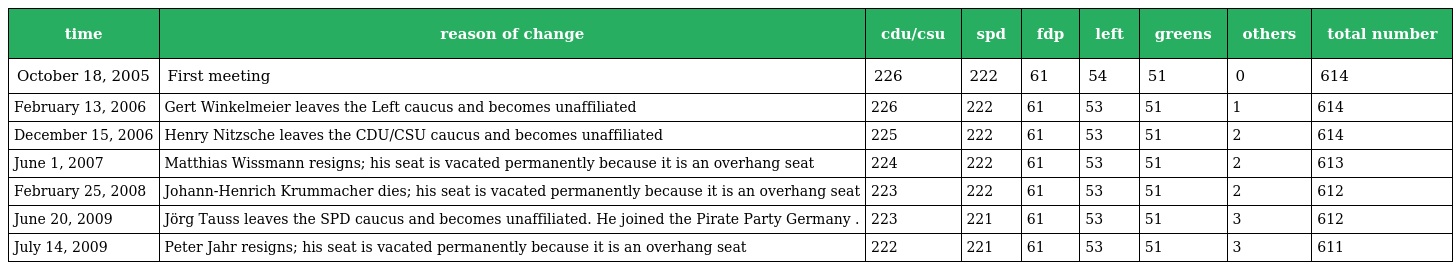
| time | reason of change | cdu/csu | spd | fdp | left | greens | others | total number |
 | --- | --- | --- | --- | --- | --- | --- | --- | --- |
 | October 18, 2005 | First meeting | 226 | 222 | 61 | 54 | 51 | 0 | 614 |
 | February 13, 2006 | Gert Winkelmeier leaves the Left caucus and becomes unaffiliated | 226 | 222 | 61 | 53 | 51 | 1 | 614 |
 | December 15, 2006 | Henry Nitzsche leaves the CDU/CSU caucus and becomes unaffiliated | 225 | 222 | 61 | 53 | 51 | 2 | 614 |
 | June 1, 2007 | Matthias Wissmann resigns; his seat is vacated permanently because it is an overhang seat | 224 | 222 | 61 | 53 | 51 | 2 | 613 |
 | February 25, 2008 | Johann-Henrich Krummacher dies; his seat is vacated permanently because it is an overhang seat | 223 | 222 | 61 | 53 | 51 | 2 | 612 |
 | June 20, 2009 | Jörg Tauss leaves the SPD caucus and becomes unaffiliated. He joined the Pirate Party Germany . | 223 | 221 | 61 | 53 | 51 | 3 | 612 |
 | July 14, 2009 | Peter Jahr resigns; his seat is vacated permanently because it is an overhang seat | 222 | 221 | 61 | 53 | 51 | 3 | 611 |